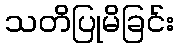
သတိပြုမိခြင်း